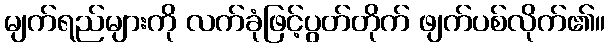
မျက်ရည်များကို လက်ခုံဖြင့်ပွတ်တိုက် ဖျက်ပစ်လိုက်၏။